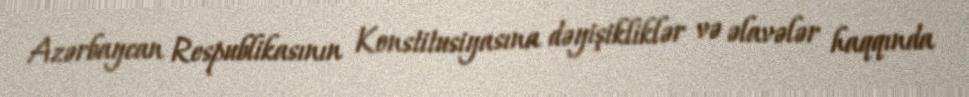
Azərbaycan Respublikasının Konstitusiyasına dəyişikliklər və əlavələr haqqında